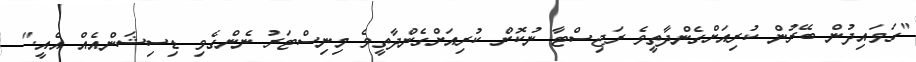
"ގަވައިދުން ބޭރުން ކުރިއަށްގެންދާތީވެ ރަޖިސްޓާ ނުކޮށް ކުރިއަށްގެންދާތީވެ މިނިސްޓަރު ނެންގެވި ޑިސިޝަންއެއް އެއީ."